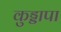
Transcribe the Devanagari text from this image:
कुड्डापा